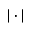
| \cdot |